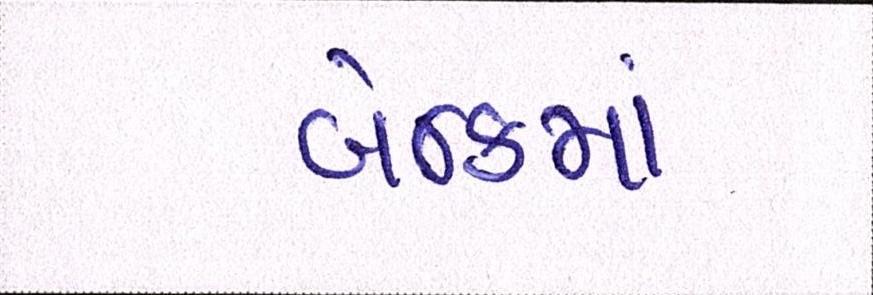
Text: બૅન્કમાં